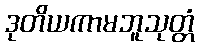
ဒုတိယကာမဘူသုတ္တံ